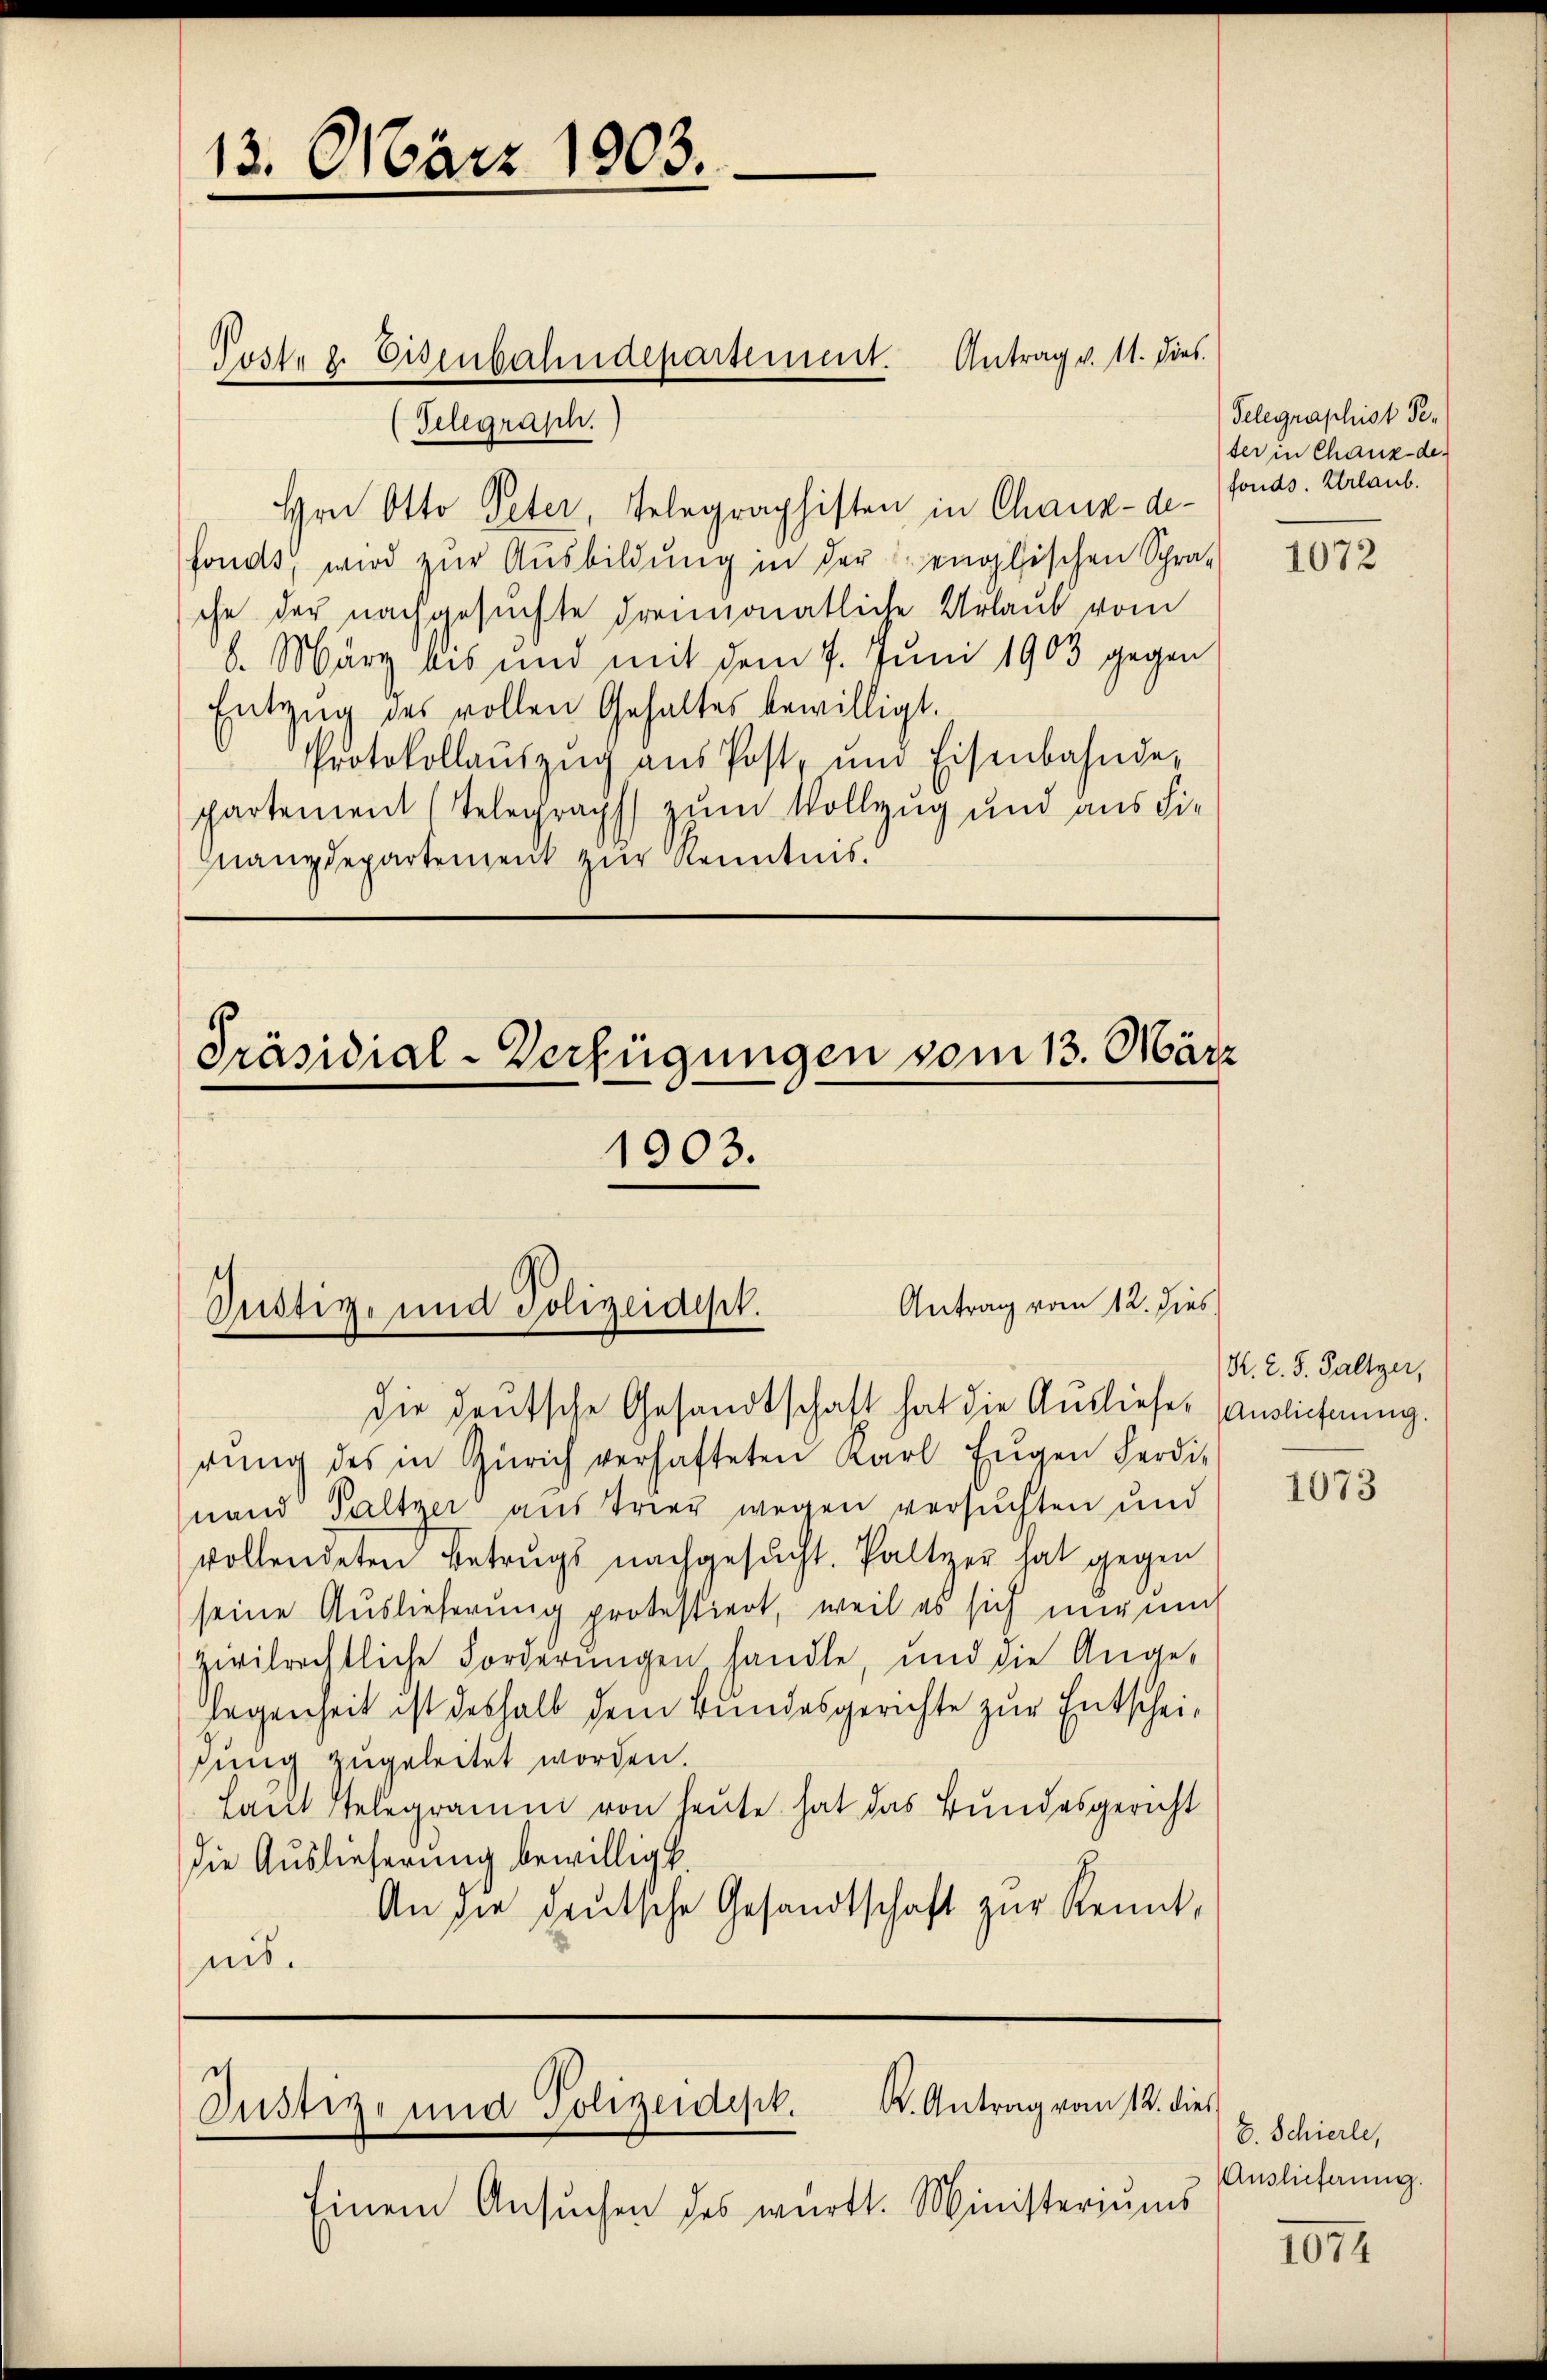
13. März 1903.

Post z. Eisenbahndepartement.

Telegrasch.
Hrn Otto Peter, Telegraphisten in Chaux-de-
fonds, wird zur Ausbildung in der englischen Schra-
che der nachgesuchte dreimonatliche Urlaub vom
6. März bis und mit dem 7. Juni 1903 gegen
Entzug des vollen Gehaltes bewilligt.
Protokollaŭszŭg aŭs Post, und Eisenbahnde-
partement (Telegraph zum Vollzug und aus die
Manzdepartement zur Kenntnis.

Antrag v. M. dies

Präsidial-Verfügungen vom 13. März

1903.

Antrag vom 12. dies
Justiz- und Polizeidept.
die deutsche Gesandtschaft hat die Ausliefe. Ausliefnung.

K. Antrag vom 12. dies
Justiz- und Polizeidest.

Einem Ansŭchen des württ. Ministeriums

rŭng des in Zürich verhafteten Karl Eŭgen Ferdi-
nand Taltzer aus Trier wegen versuchten und
vollendeten Betrugs nachgesucht. Paltzer hat gegen
seine Auslieferung protestiert, weil es sich mir um
zivilrechtliche Forderungen handle, und die Ange-
legenheit ist deshalb dem Bundesgerichte zur Entscheifung zugeleitet worden.
Laut Telegramm von heute hat das Bundesgericht
die Auslieferung bewilligt
An die deutsche Gesandtschaft zur Kennt,
nis.

Telegraphist Peter in Chaux-de-
fonds. Urlaub.

K. Z. 5. Paltzer,

E. Schierle,
Auslieferung.

1072

1073

1074